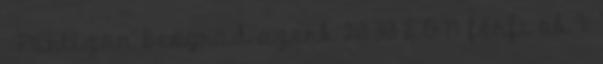
– Partizan Beograd szerb 20.30 E.ON férfi ob I: